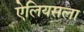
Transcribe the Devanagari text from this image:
ऐलियसला